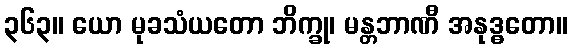
၃၆၃။ ယော မုခသံယတော ဘိက္ခု၊ မန္တဘာဏီ အနုဒ္ဓတော။